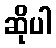
ဆိုပါ